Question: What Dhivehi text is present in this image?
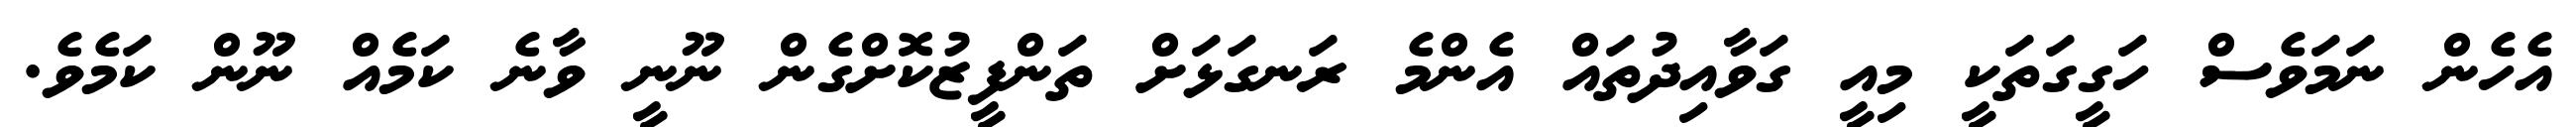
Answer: އެހެން ނަމަވެސް ހަގީގަތަކީ މިއީ ގަވާއިދުތައް އެންމެ ރަނގަޅަށް ތަންފީޒުކޮށްގެން ނޫނީ ވާނެ ކަމެއް ނޫން ކަމެވެ.